Civil Veterinary Dept. North-West Frontier Province 1901-22 - 1901-1922
Year: 1901
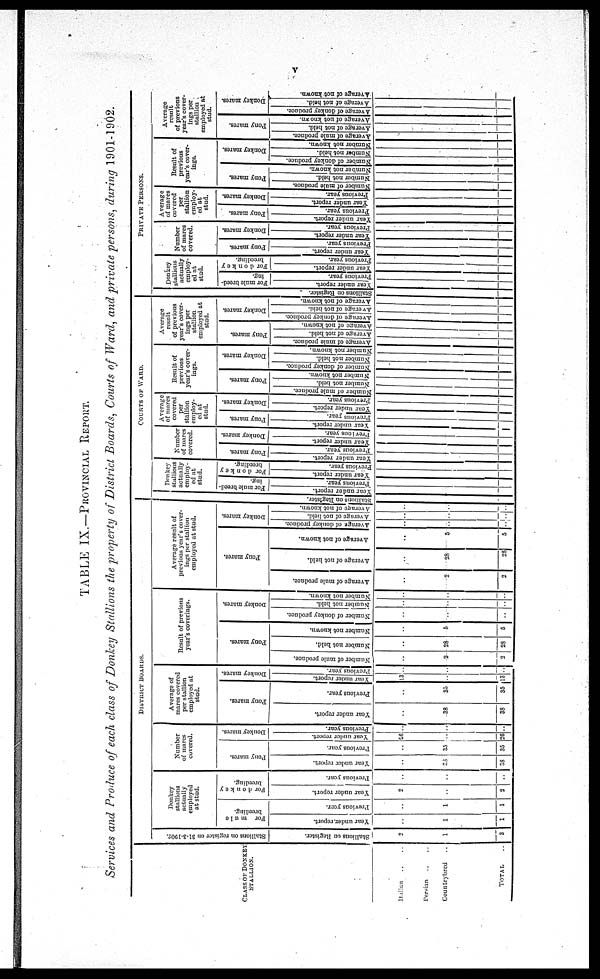
v
TABLE IX.—PROVINICAL REPORT.
Services and Produce of each class of Donkey Stallions the property of District Boards, Courts of Ward, and private persons, during 1901-1902.
CLASS OF DONKEY
STALLION.
Italian
..
..
Persian .. ..
Country bred ..
TOTAL ..
DISTRICT
BOARDS.
Stallions on register on 31-3-1902.
Stallions on Register.
2
1
3
Donkey
stallions
actually
employed
at stud.
For
mule
breeding.
Year under report.
..
1
1
Previous year.
..
1
1
For donkey
breeding.
Year under report.
2
..
2
Previous year.
..
..
..
Number
of mares
covered.
Pony mares.
Year under report.
..
38
38
Previous year.
..
35
35
Donkey mares.
Year under report.
26
..
26
Previous year.
..
..
..
Average of
mares covered
per stallion
employed at
stud.
Pony mares.
Year under report.
..
38
38
Previous year.
..
35
35
Donkey mares.
Year
under report.
13
..
13
Previous year.
..
..
..
Result of previous
year's coverings.
Pony mares.
Number of mule produce.
..
2
2
Number not held.
..
28
28
Number not known.
..
5
5
Donkey mares.
Number of donkey produce.
..
..
..
Number
not held.
..
..
..
Number
not known.
..
..
..
Average result of
previous year's cover-
ings per stallion
employed at stud.
Pony mares.
Average of mule produce.
..
2
2
Average of not held.
..
28
28
Average of not known.
..
5
5
Donkey mares.
Average of donkey produce.
..
..
..
Average of not held.
..
..
..
Average
of not known.
..
..
..
COURTS OF WARD.
St al l
i
ons on Regi s t
er .
Donkey
stallions
actually
employ-
ed at
stud.
For mule breed-
ing.
Year under report.
Previous year.
For donkey
breeding.
Year
under report.
Previous year.
Number
of mares
covered.
Pony mares.
Year under report.
Previous year.
Donkey mares.
Year
under report.
Previous
year.
Average
of mares
covered
per
stallion
employ-
ed at
stud.
Pony mares.
Year
under
report.
Previous year.
Donkey mares.
Year under report.
Previous year.
Result of
previous
year's cover-
ings.
Pony mares.
Number of mule produce.
Number not held.
Number not known.
Donkey mares.
Number of donkey produce.
Number not held.
Number
not known.
Average
result
of previous
year's cover-
ings per
stallion
employed at
stud.
Pony mares.
Average of mule produce.
Average of not held.
Average of not known.
Donkey mares.
Average of donkey produce.
Average of not held.
Average of not known.
PRIVATE PERSONS.
St al l
i
ons on Regi s t
er .
Donkey
stallions
actually
employ-
ed at
stud.
For mule breed-
ing.
Year under report.
Previous year.
For donkey
breeding.
Year under report.
Previous year.
Number
of mares
covered.
Pony mares.
Year
under report.
Previous year.
Donkey mares.
Year under report.
previous year.
Average
of mares
covered
per
stallion
employ-
ed at
stud.
Pony mares.
Year under report.
previous year.
Donkey mares.
Year
under report.
Previous year.
Result of
previous
year's cover-
ings.
Pony mares.
Number of mule produce.
Number not held.
Number not known.
Donkey mares.
Number of donkey produce.
Number
not held.
Number not known.
Average
result
of previous
year's cover-
ings per
stallion
employed at
stud.
Pony mares.
Average of mule produce.
Average of not held.
Average of not known.
Donkey mares.
Average of donkey produce.
Average of not held.
Average of not known.